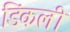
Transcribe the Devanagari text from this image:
डिंकली